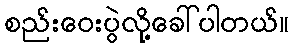
စည်းဝေးပွဲလို့ခေါ်ပါတယ်။